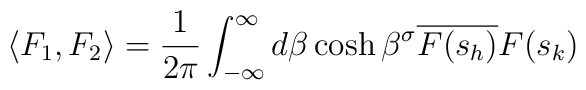
\langle F_1,F_2\rangle=\frac{1}{2\pi}\int_{-\infty}^{\infty} d\beta\cosh\beta^\sigma \overline{F(s_h)}F(s_k)